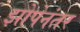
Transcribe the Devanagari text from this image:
झोपेनंतर